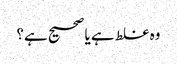
وہ غلط ہے یا صحیح ہے؟